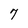
Character: 7